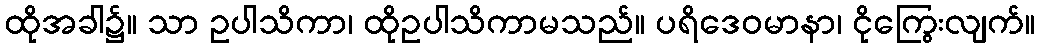
ထိုအခါ၌။ သာ ဥပါသိကာ၊ ထိုဥပါသိကာမသည်။ ပရိဒေဝမာနာ၊ ငိုကြွေးလျက်။